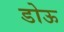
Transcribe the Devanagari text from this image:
डोऊ